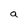
Character: a